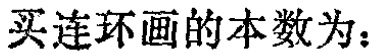
买连环画的本数为：